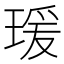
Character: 瑗